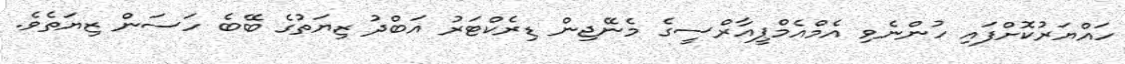
ހައްޔަރުކޮށްފައި ހުންނެވި އެމްއެމްޕީއާރްސީގެ މެނޭޖިން ޑިރެކްޓަރު އަބްދު ޒިޔަތުގެ ބޭބެ ހަސަން ޒިޔަތެވެ.